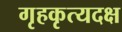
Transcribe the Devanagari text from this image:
गृहकृत्यदक्ष